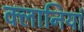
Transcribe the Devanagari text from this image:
क्लानियां